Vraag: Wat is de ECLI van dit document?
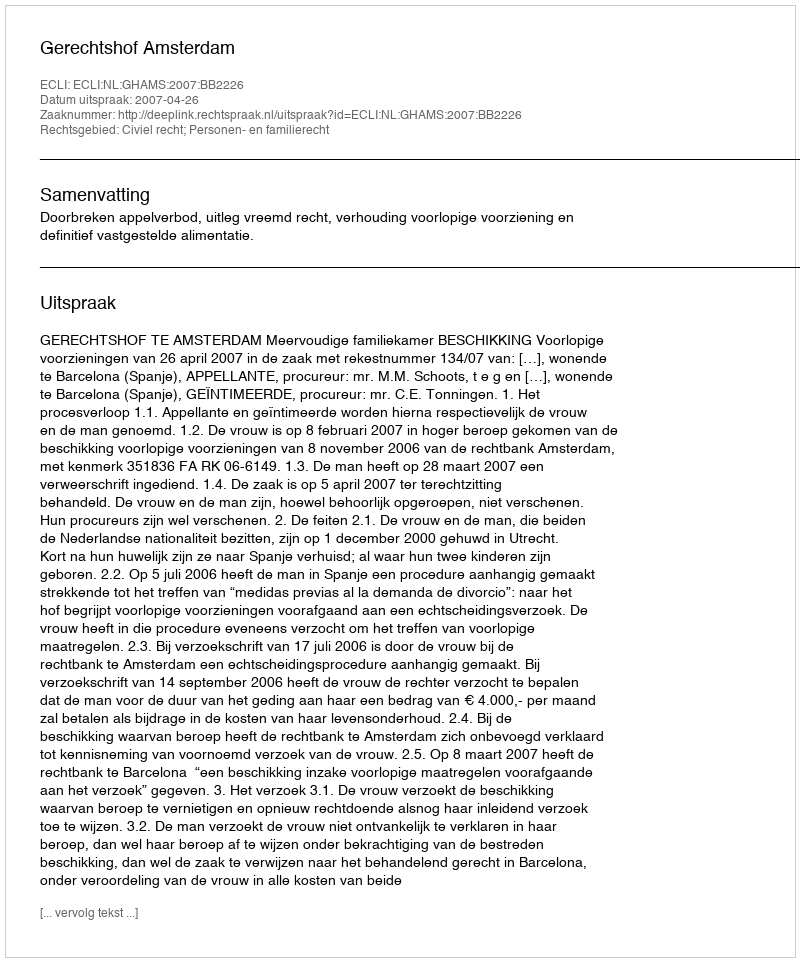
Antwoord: ECLI:NL:GHAMS:2007:BB2226